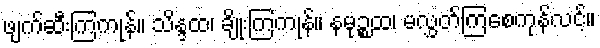
ဖျက်ဆီးကြကုန်။ သိန္ဒထ၊ ချိုးကြကုန်။ နမုဉ္စထ၊ မလွှတ်ကြစေကုန်လင့်။